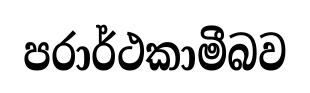
පරාර්ථකාමීබව